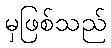
မှဖြစ်သည်